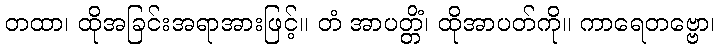
တထာ၊ ထိုအခြင်းအရာအားဖြင့်။ တံ အာပတ္တိံ၊ ထိုအာပတ်ကို။ ကာရေတဗ္ဗော၊